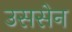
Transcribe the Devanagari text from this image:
उससेन